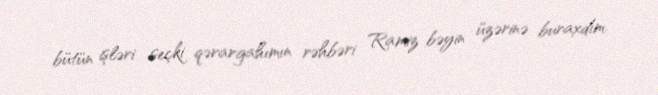
bütün işləri seçki qərargahımın rəhbəri Ramiz bəyin üzərinə buraxdım.